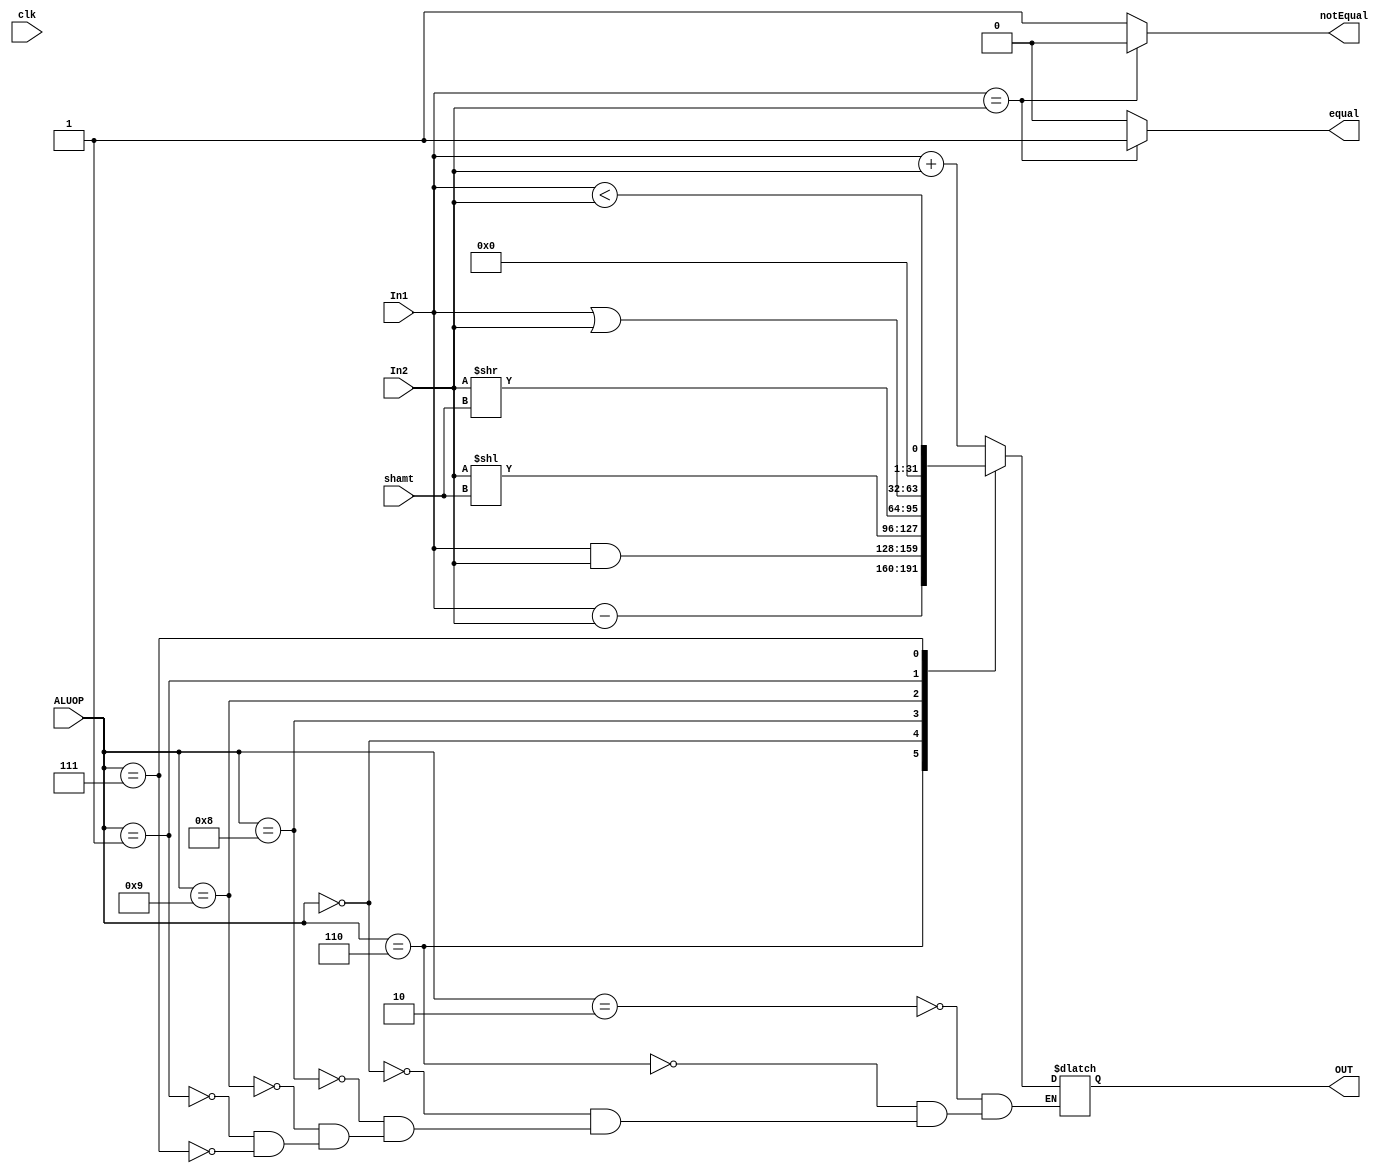
module ALU (clk, OUT,shamt, equal,notEqual ,In1, In2, ALUOP);
input clk;
input [31:0] In1, In2;
input [3:0] ALUOP;
input [4:0] shamt;

output reg [31:0] OUT;
output  reg equal,notEqual;

always @ (In1, In2, ALUOP)
begin
if (In1 == In2)
begin
equal = 1;
notEqual = 0;
end
else
begin
notEqual = 1;
equal = 0;
end
end
always @ (In1, In2, ALUOP)
begin
case (ALUOP)
4'b0010 : OUT = In1 + In2;
4'b0110 : OUT = In1 - In2;
4'b0000 : OUT = In1 & In2;
4'b1000 : OUT = In2 << shamt;
4'b1001 : OUT = In2 >> shamt;
4'b0001 : OUT = In1 | In2;
4'b0111 : OUT = In1 < In2;
endcase
end
endmodule